Insane asylums in Bengal annual reports 1867-1875 - 1867-1875
Year: 1867
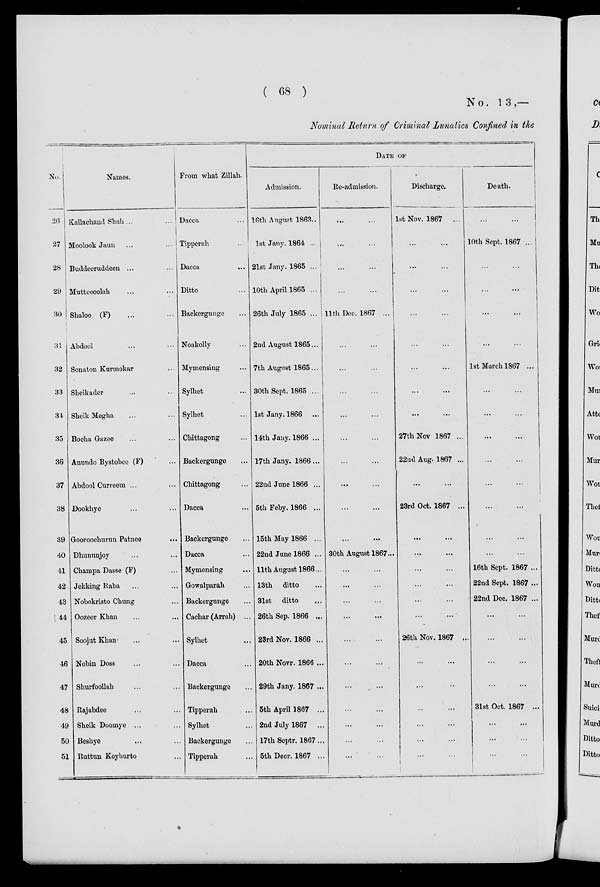
( 68 )
No. 13,—
Nominal Return of Criminal Lunatics Confined in the
No.
26
27
28
29
30
31
32
33
34
35
36
37
38
39
40
41
42
43
44
45
46
47
48
49
50
51
Names.
Kallachand Shah ... ...
Moolook Jaun ... ...
Buddeeruddeen ... ...
Mutteeoolah ... ...
Shaloo (F) ... ...
Abdool ... ...
Sonaton Kurmokar ...
Sheikader ... ...
Sheik Megha ... ...
Bocha Gazee ... ...
Anundo Bystobee (F) ...
Abdool Curreem ... ...
Dookhye ... ...
Gooroochurun Patnee ...
Dhununjoy ... ...
Champa Dasse (F) ...
Jekking Raba ... ...
Nobokristo Chung ...
Oozeer Khan ... ...
Soojut Khan ... ...
Nobin Doss ... ...
Shurfoollah ... ...
Rajabdee ... ...
Sheik Doomye ... ...
Beshye ... ...
Ruttun Koyburto ...
From what Zillah.
Dacca ...
Tipperah ...
Dacca ...
Ditto ...
Backergunge ...
Noakolly ...
Mymensing ...
Sylhet ...
Sylhet ...
Chittagong ...
Backergunge ...
Chittagong ...
Dacca ...
Backergunge ...
Dacca ...
Mymensing ...
Gowalparah ...
Backergunge ...
Cachar (Arrah) ...
Sylhet ...
Dacca ...
Backergunge ...
Tipperah ...
Sylhet ...
Backergunge ...
Tipperah ...
DATE OF
Admission.
16th August 1863..
1st Jany. 1864 ...
21st Jany. 1865 ...
10th April 1865 ...
26th July 1865 ...
2nd August 1865...
7th August 1865...
30th Sept. 1865 ...
1st Jany. 1866 ...
14th Jany. 1866 ...
17th Jany. 1866...
22nd June 1866 ...
5th Feby. 1866 ...
15th May 1866 ...
22nd June 1866 ...
11thAugust 1866...
13th ditto ...
31st ditto ...
26th Sep. 1866 ...
23rd Nov. 1866 ...
20th Novr. 1866 ...
29th Jany. 1867 ...
5th April 1867 ...
2nd July 1867 ...
17th Septr. 1867...
5th Decr. 1867 ...
Re-admission.
...
...
...
...
... ...
... ...
11th Dec. 1867 ...
... ...
... ...
... ...
... ...
... ...
... ...
... ...
... ...
... ...
30th August 1867...
... ...
... ...
... ...
... ...
... ...
... ...
... ...
... ...
... ...
... ...
... ...
Discharge.
1st Nov. 1867 ...
... ...
... ...
... ...
... ...
... ...
... ...
... ...
... ...
27th Nov 1867 ...
22nd Aug. 1867 ...
... ...
23rd Oct. 1867 ...
...
...
... ...
... ...
... ...
... ...
... ...
26th Nov. 1867 ...
... ...
... ...
... ...
... ...
... ...
... ...
Death.
... ...
10th Sept. 1867 ...
... ...
... ...
... ...
... ...
1st March 1867 ...
... ...
... ...
... ...
... ...
... ...
... ...
...
...
... ...
16th Sept. 1867 ...
22nd Sept. 1867 ...
22nd Dec. 1867 ...
... ...
... ...
... ...
... ...
31st Oct. 1867 ...
... ...
... ...
... ...